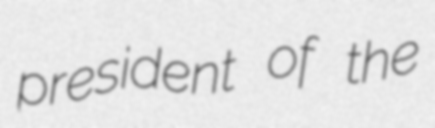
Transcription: president of the